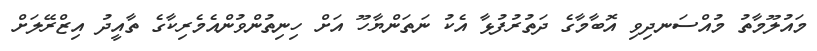
މައުލޫމާތު މުއްސަނދިވި އޮބާމާގެ ދަތުރުފުޅާ އެކު ނަތަންޔާހޫ އަށް ހިނިތުންވުންއެމެރިކާގެ ތާއީދު އިޒްރޭލަށް